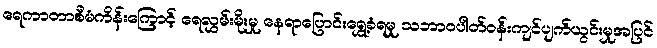
ရေကာတာစီမံကိန်းကြောင့် ရေလွှမ်းမိုးမှု နေရာပြောင်းရွှေ့ခံရမှု သဘာဝပါတ်ဝန်းကျင်ပျက်ယွင်းမှုအပြင်